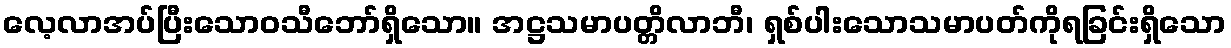
လေ့လာအပ်ပြီးသောဝသီဘော်ရှိသော။ အဋ္ဌသမာပတ္တိလာဘီ၊ ရှစ်ပါးသောသမာပတ်ကိုရခြင်းရှိသော